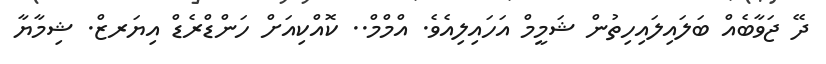
ދޭ ޖަވާބެއް ބަލައިލައިހިތުން ޝަމީމް އަހައިލިއެވެ. އްމްމް.. ކޮއްކިއަށް ހަންޑްރެޑް އިޔަރޒް. ޝިމާޔާ